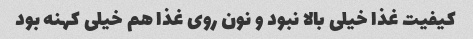
کیفیت غذا خیلی بالا نبود و نون روی غذا هم خیلی کهنه بود